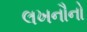
લખનૌનો